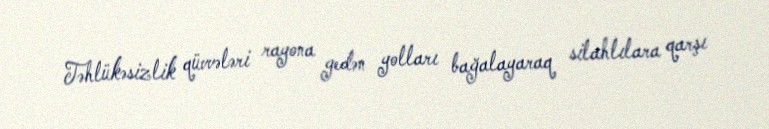
Təhlükəsizlik qüvvələri rayona gedən yolları bağalayaraq silahlılara qarşı